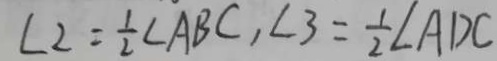
\angle 2 = \frac { 1 } { 2 } \angle A B C , \angle 3 = \frac { 1 } { 2 } \angle A D C